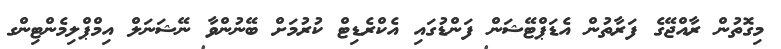
މިގޮތުން ރާއްޖޭގެ ފަރާތުން އެޑަޕްޓޭޝަން ފަންޑުގައި އެކްރެޑިޓް ކުރުމަށް ބޭނުންވާ ނޭޝަނަލް އިމްޕްލިމެންޓިންގ